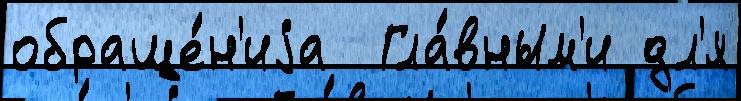
обраще́н'иjа  Гла́вным'и дл'я